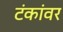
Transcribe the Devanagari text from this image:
टंकांवर